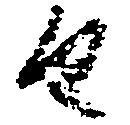
由